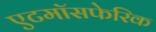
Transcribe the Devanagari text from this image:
एटमॉसफेरिक